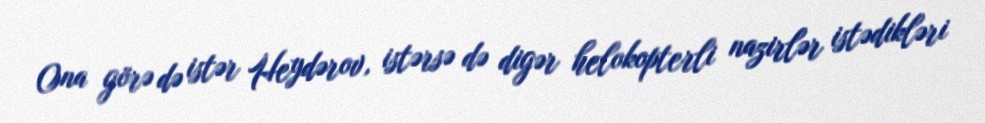
Ona görə də istər Heydərov, istərsə də digər helokopterli nazirlər istədikləri